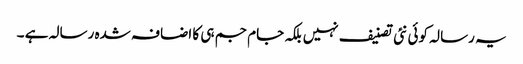
یہ رسالہ کوئی نئی تصنیف نہیں بلکہ جام جم ہی کا اضافہ شدہ رسالہ ہے ۔